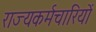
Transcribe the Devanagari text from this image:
राज्यकर्मचारियों